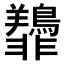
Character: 𫕿